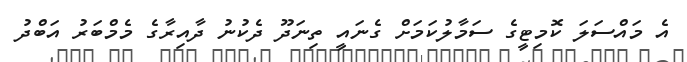
އެ މައްސަލަ ކޮމިޓީގެ ސަމާލުކަމަށް ގެނައީ ތިނަދޫ ދެކުނު ދާއިރާގެ މެމްބަރު އަބްދު